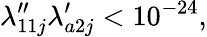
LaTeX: \lambda_{11j}^{\prime\prime}\lambda_{a2j}^{\prime}<10^{-24},